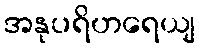
အနုပရိဟရေယျ